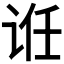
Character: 𬣯